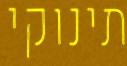
תינוקי